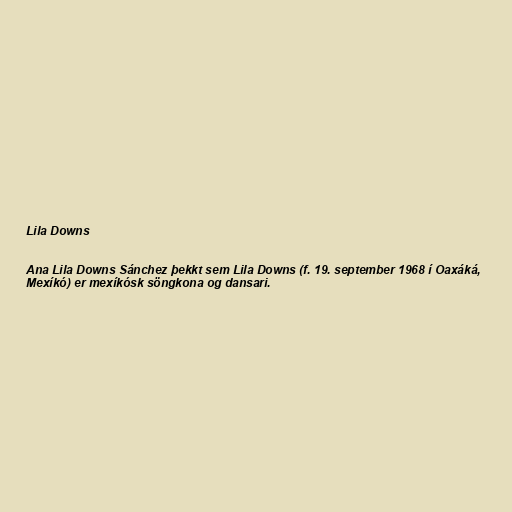
Lila Downs

Ana Lila Downs Sánchez þekkt sem Lila Downs (f. 19. september 1968 í Oaxáká,
Mexíkó) er mexíkósk söngkona og dansari.